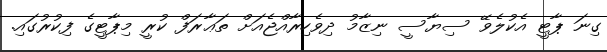
ގިނަ ޕާޓީ އެކުލެވޭ ސިޔާސީ ނިޒާމު ދިވެހިރާއްޖެއަށް ތަޢާރަފް ކުރީ މިޕާޓީގެ ފިކުރުގައި.